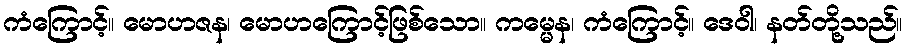
ကံကြောင့်။ မောဟဇန၊ မောဟကြောင့်ဖြစ်သော။ ကမ္မေန၊ ကံကြောင့်။ ဒေဝါ၊ နတ်တို့သည်။